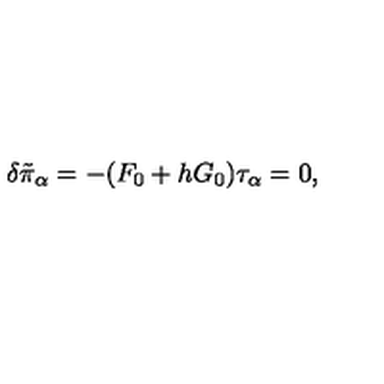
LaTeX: \delta \tilde { \pi } _ { \alpha } = - ( F _ { 0 } + h G _ { 0 } ) \tau _ { \alpha } = 0 ,